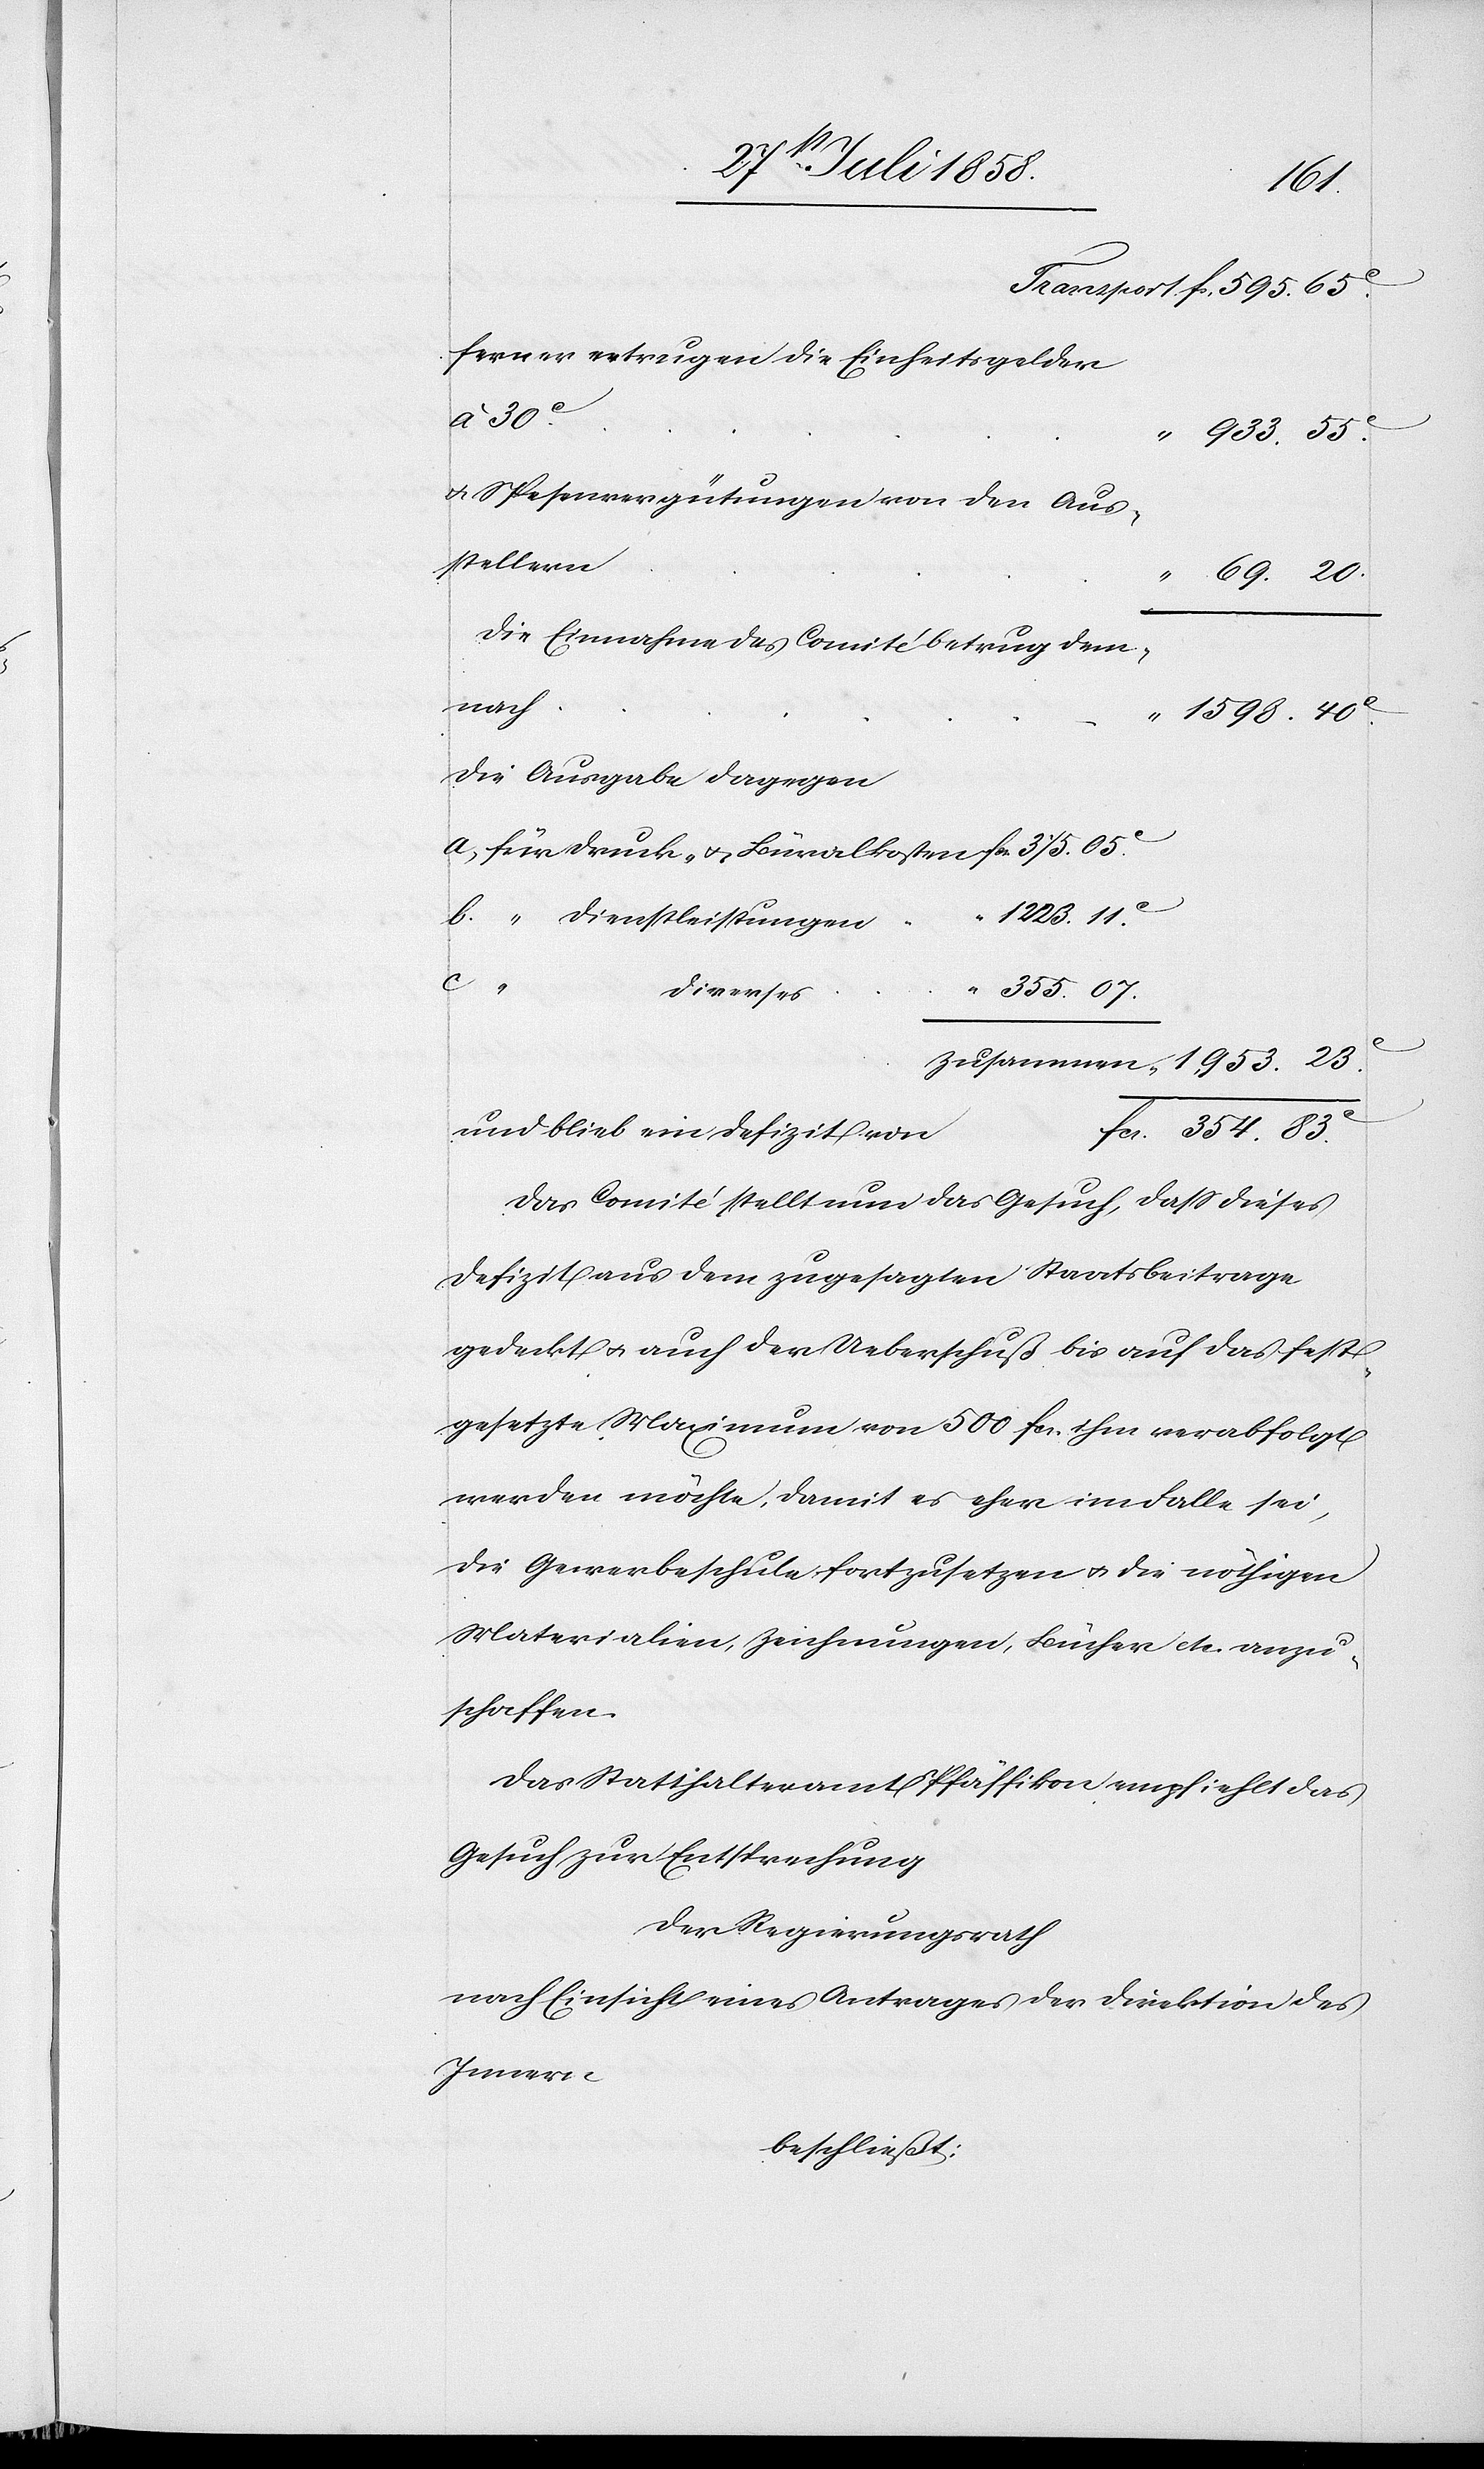
1,953.
ferner ertrugen die Einheitsgelder
23C.
933. 55C.
& Spesenvergütungen von den Aus¬
stellern
“
69. 20.
Die Einnahme des Comité betrug dem¬
nach
“ 1598. 40C.
Die Ausgabe dagegen
“ Dienstleistungen
“
c.
“ 355. 07.
Diverses
fcs. 354. 83C.
und blieb ein Defizit von
Das Comité stellt nun das Gesuch, dass dieses
Defizit aus dem zugesagten Staatsbeitrage
gedeckt & auch der Ueberschuß bis auf das fest¬
gesetzte Maximum von 500 fcs. ihm verabfolgt
werden möchte, damit es eher im Falle sei,
die Gewerbeschule fortzusetzen & die nöthigen
Materialien, Zeichnungen, Bücher etc. anzu¬
schaffen.
Das Statthalteramt Pfäffikon empfiehlt das
Gesuch zur Entsprechung
Der Regierungsrath
nach Einsicht eines Antrages der Direktion des
Innern
beschließt: